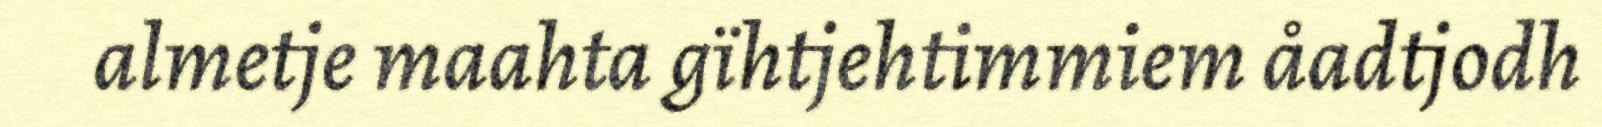
almetje maahta gïhtjehtimmiem åadtjodh